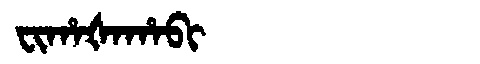
Manchu: ᠸᡳᡥᠠᡧᠠᡥᠠᠪᡳ
Romanization: FIHAŠAHABI